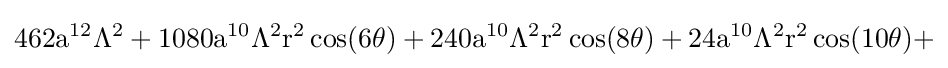
{\rm {462a^{12}\Lambda ^{2}+1080a^{10}\Lambda ^{2}r^{2}\cos(6\theta )+240a^{10}\Lambda ^{2}r^{2}\cos(8\theta )+24a^{10}\Lambda ^{2}r^{2}\cos(10\theta )+}}